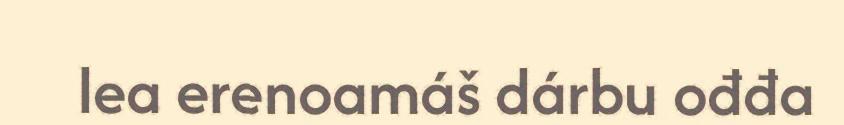
lea erenoamáš dárbu ođđa